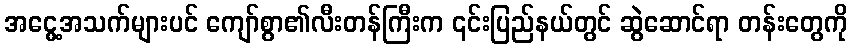
အငွေ့အသက်များပင် ကျော်စွာ၏လီးတန်ကြီးက ၎င်းပြည်နယ်တွင် ဆွဲဆောင်ရာ တန်းတွေကို